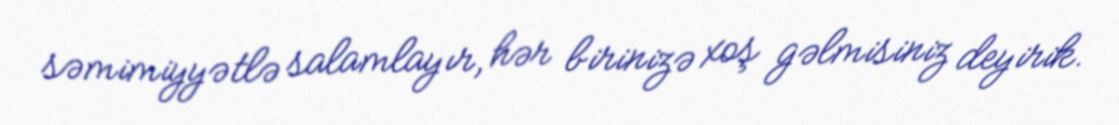
səmimiyyətlə salamlayır, hər birinizə xoş gəlmisiniz deyirik.